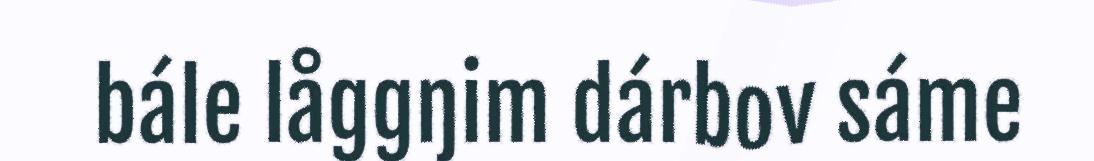
bále låggŋim dárbov sáme